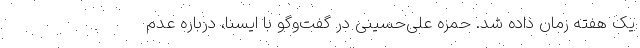
یک هفته زمان داده شد. حمزه علی‌حسینی در گفت‌وگو با ایسنا، درباره عدم